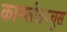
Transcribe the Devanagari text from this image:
काम्प्तोढ़य्न्चुस